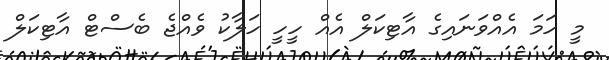
މީ ހަމަ އެއްވަނައިގެ އާާޓިކަލް އެއް ހީހީ ހަލާކު ވެެއްޖެ ބެސްޓް އާޓިކަލް